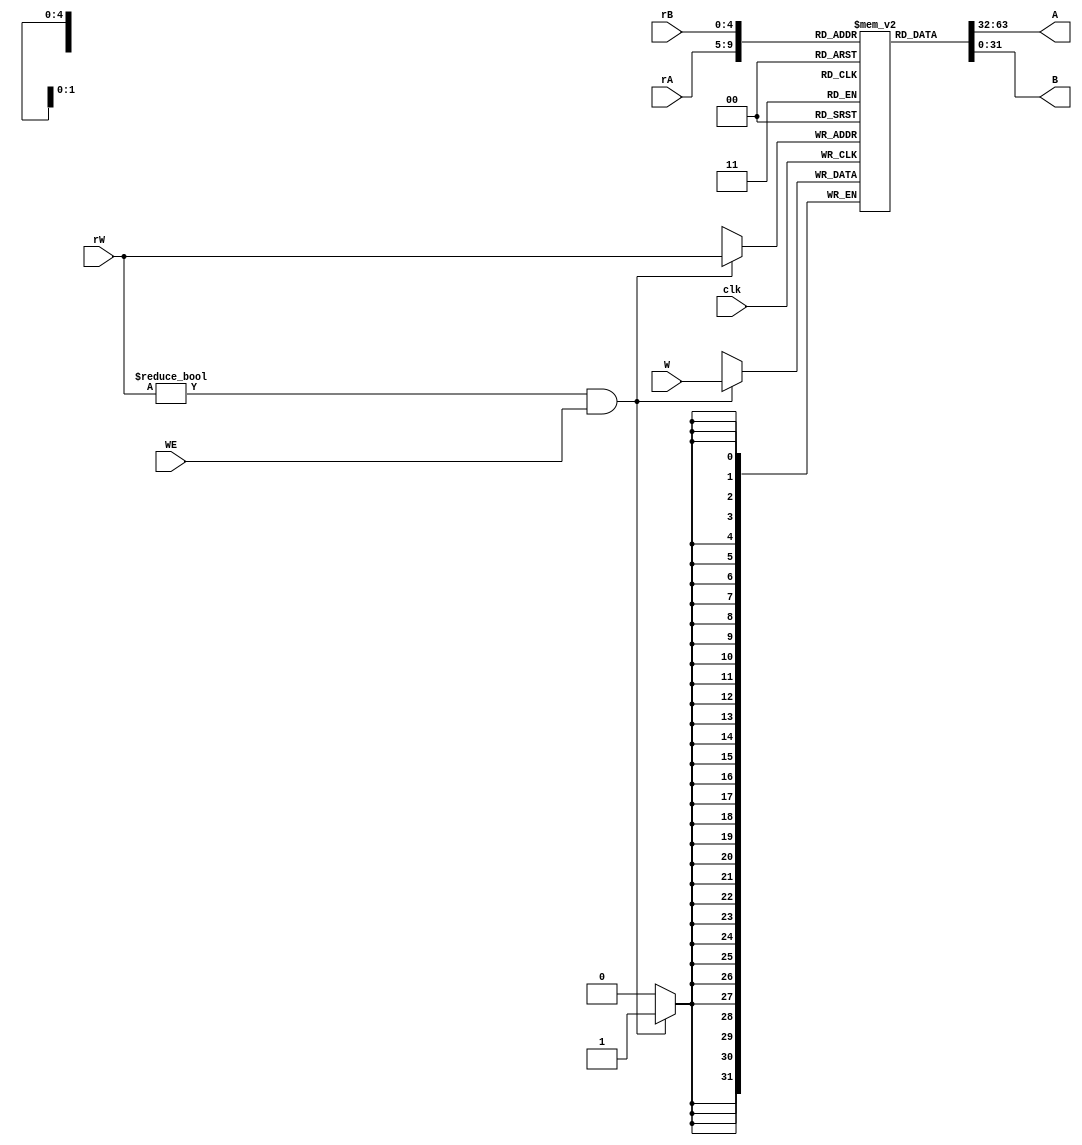
module regfile(clk, WE, rW, rA, rB, W, A, B);

input clk, WE;//write enable control
input [4:0] rW, rA, rB;//register addr
input [31:0] W;//data to rW
output [31:0] A, B;//data from rA,rB

reg [31:0] register [31:0];//32 registers
integer i;

initial
	begin
	   for (i = 0; i < 32; i = i + 1)
		  register[i] = 0;//register
	end

assign A = register[rA];
assign B = register[rB];

always @(negedge clk)//
	begin
		if ((rW != 0) && (WE == 1))
			begin
				register[rW] <= W;
			end
	end
endmodule